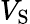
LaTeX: V_{\mathrm{{S}}}